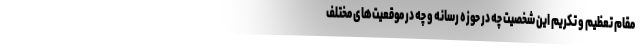
مقام تعظیم و تکریم این شخصیت چه در حوزه رسانه و چه در موقعیت‌های مختلف